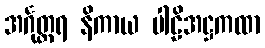
အင်္ဂုတ္တရ နိကာယ ပါဠိအဋ္ဌကထာ